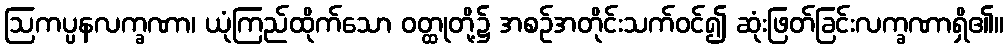
ဩကပ္ပနလက္ခဏာ၊ ယုံကြည်ထိုက်သော ဝတ္ထုတို့၌ အစဉ်အတိုင်းသက်ဝင်၍ ဆုံးဖြတ်ခြင်းလက္ခဏာရှိ၏။